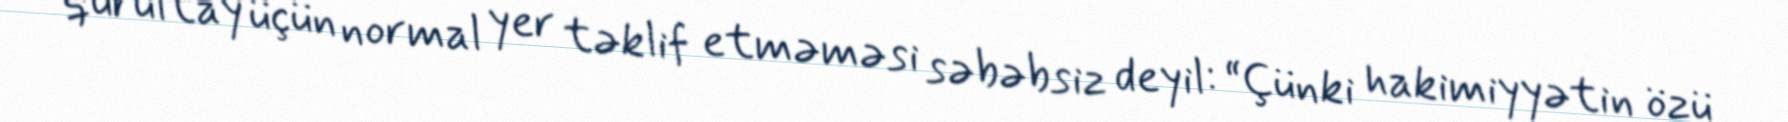
qurultay üçün normal yer təklif etməməsi səbəbsiz deyil: “Çünki hakimiyyətin özü